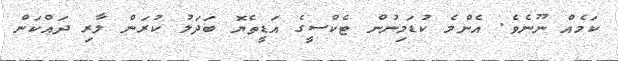
ކަމެއް ނޫނެވެ. އެންމެ ކުޑަމިނުން ޓެކްސީގެ އަޑީތެޔޮ ބަދަލު ކުރަން ލާރި ދައްކަން